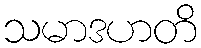
သမာဒဟတိ